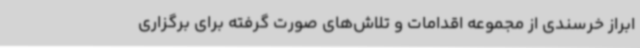
ابراز خرسندی از مجموعه اقدامات و تلاش‌های صورت گرفته برای برگزاری